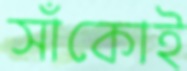
সাঁকোই